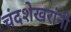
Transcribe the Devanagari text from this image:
चंदशेखरांनी